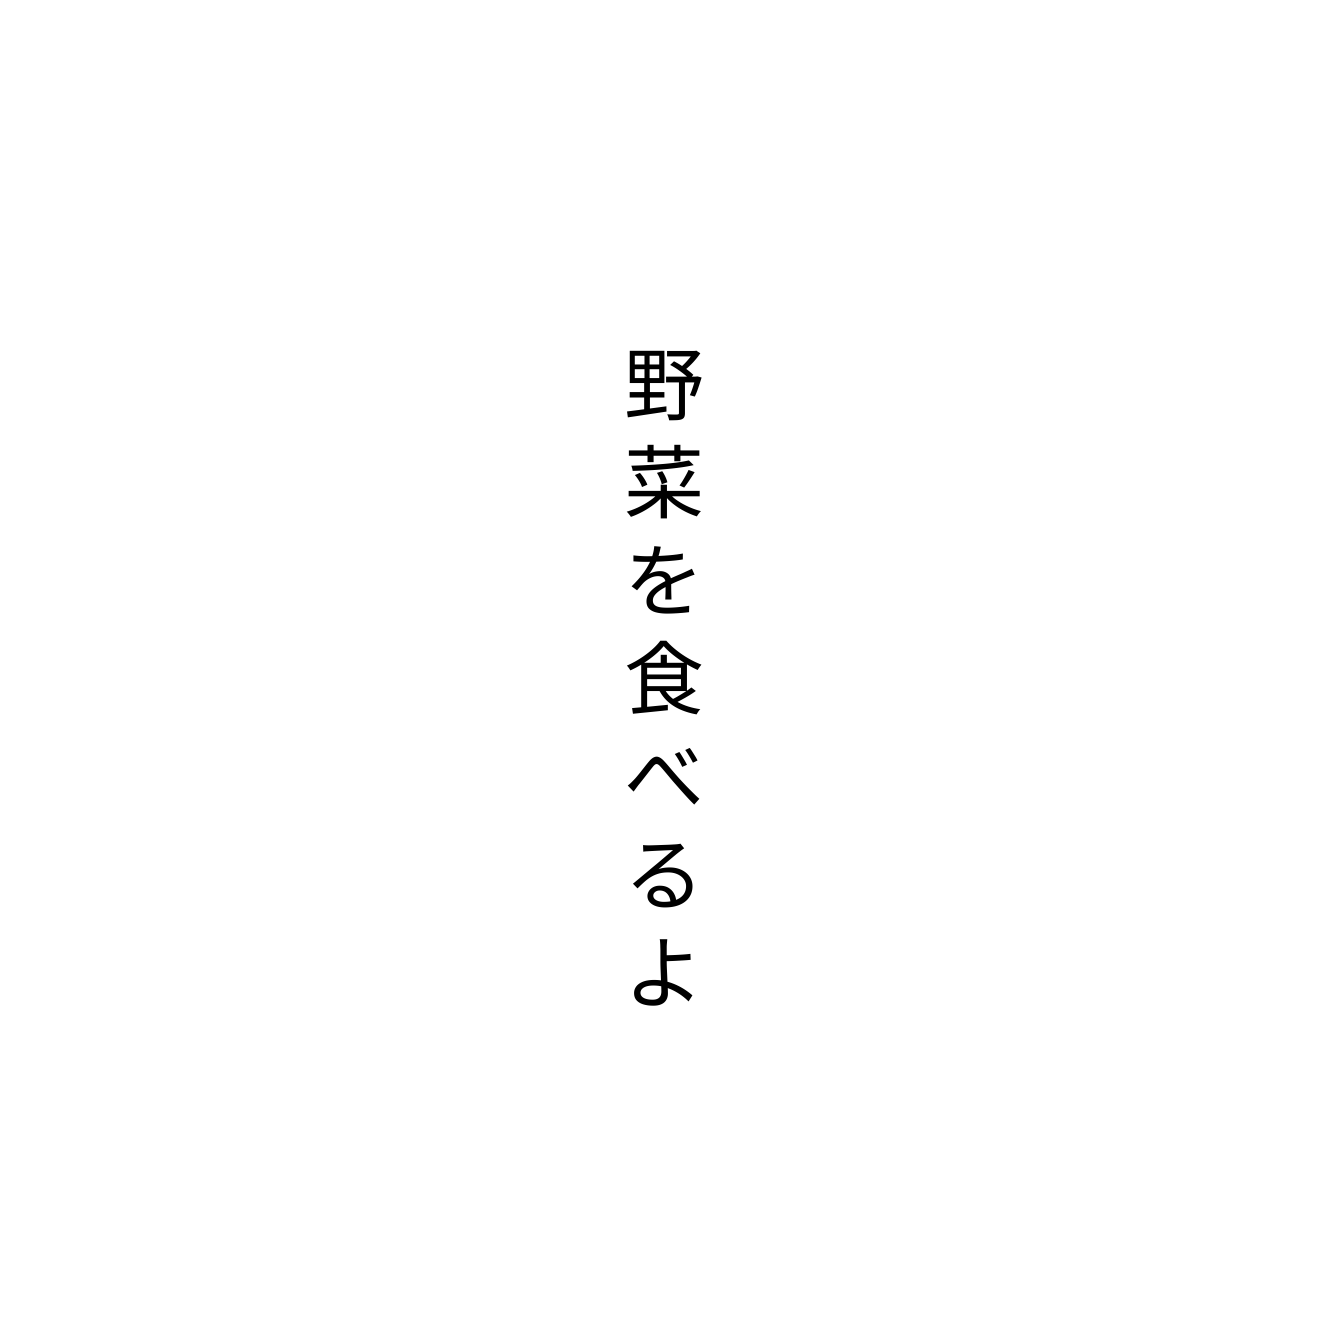
野菜を食べるよ